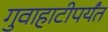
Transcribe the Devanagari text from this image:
गुवाहाटीपर्यंत